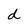
Character: d